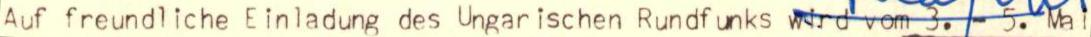
Auf freundliche Einladung des Ungar ischen Rundfunks wird vom 3. - 5. Mai